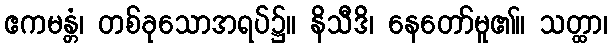
ဧကမန္တံ၊ တစ်ခုသောအရပ်၌။ နိသီဒိ၊ နေတော်မူ၏။ သတ္ထာ၊